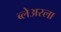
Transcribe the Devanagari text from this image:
ब्लेअरला